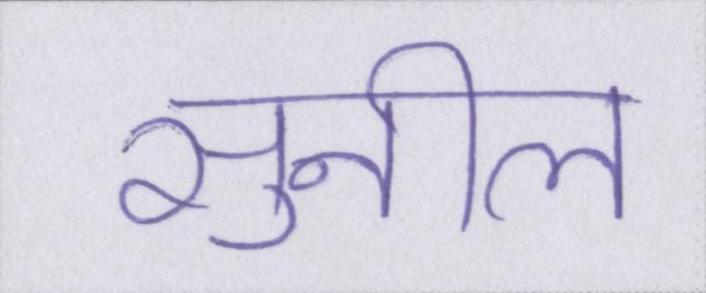
सुनील